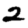
Digit: 2